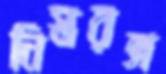
নিস্তরঙ্গ